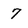
Character: 7